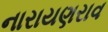
નારાયણરાવ